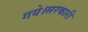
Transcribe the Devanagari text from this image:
गये।सरकारी